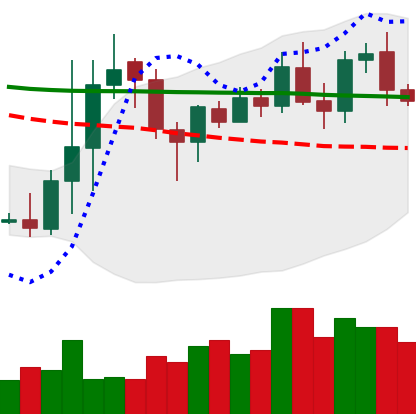
Ticker: DOGE-USD
Chart end date: 2020-01-20
Forward return: -4.928%
Label: down_3_5